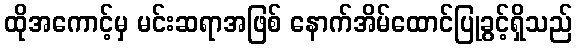
ထိုအကောင့်မှ မင်းဆရာအဖြစ် နောက်အိမ်ထောင်ပြုခွင့်ရှိသည်